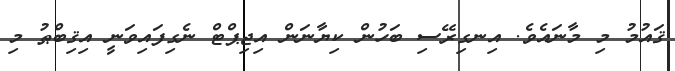
ޤައުމު މި މާނައެވެ. އިނގިރޭސި ބަހުން ކިޔާނަން އިޖިޕްޓް ނެގިފައިވަނީ އިޤިބްޠު މި